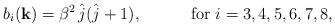
LaTeX: \begin{align*}b_{i}({\bf k})=\beta^{2}\,\hat{j}(\hat{j}+1),\quad\quad\quad \hbox{for $i=3,4,5,6,7,8$},\end{align*}